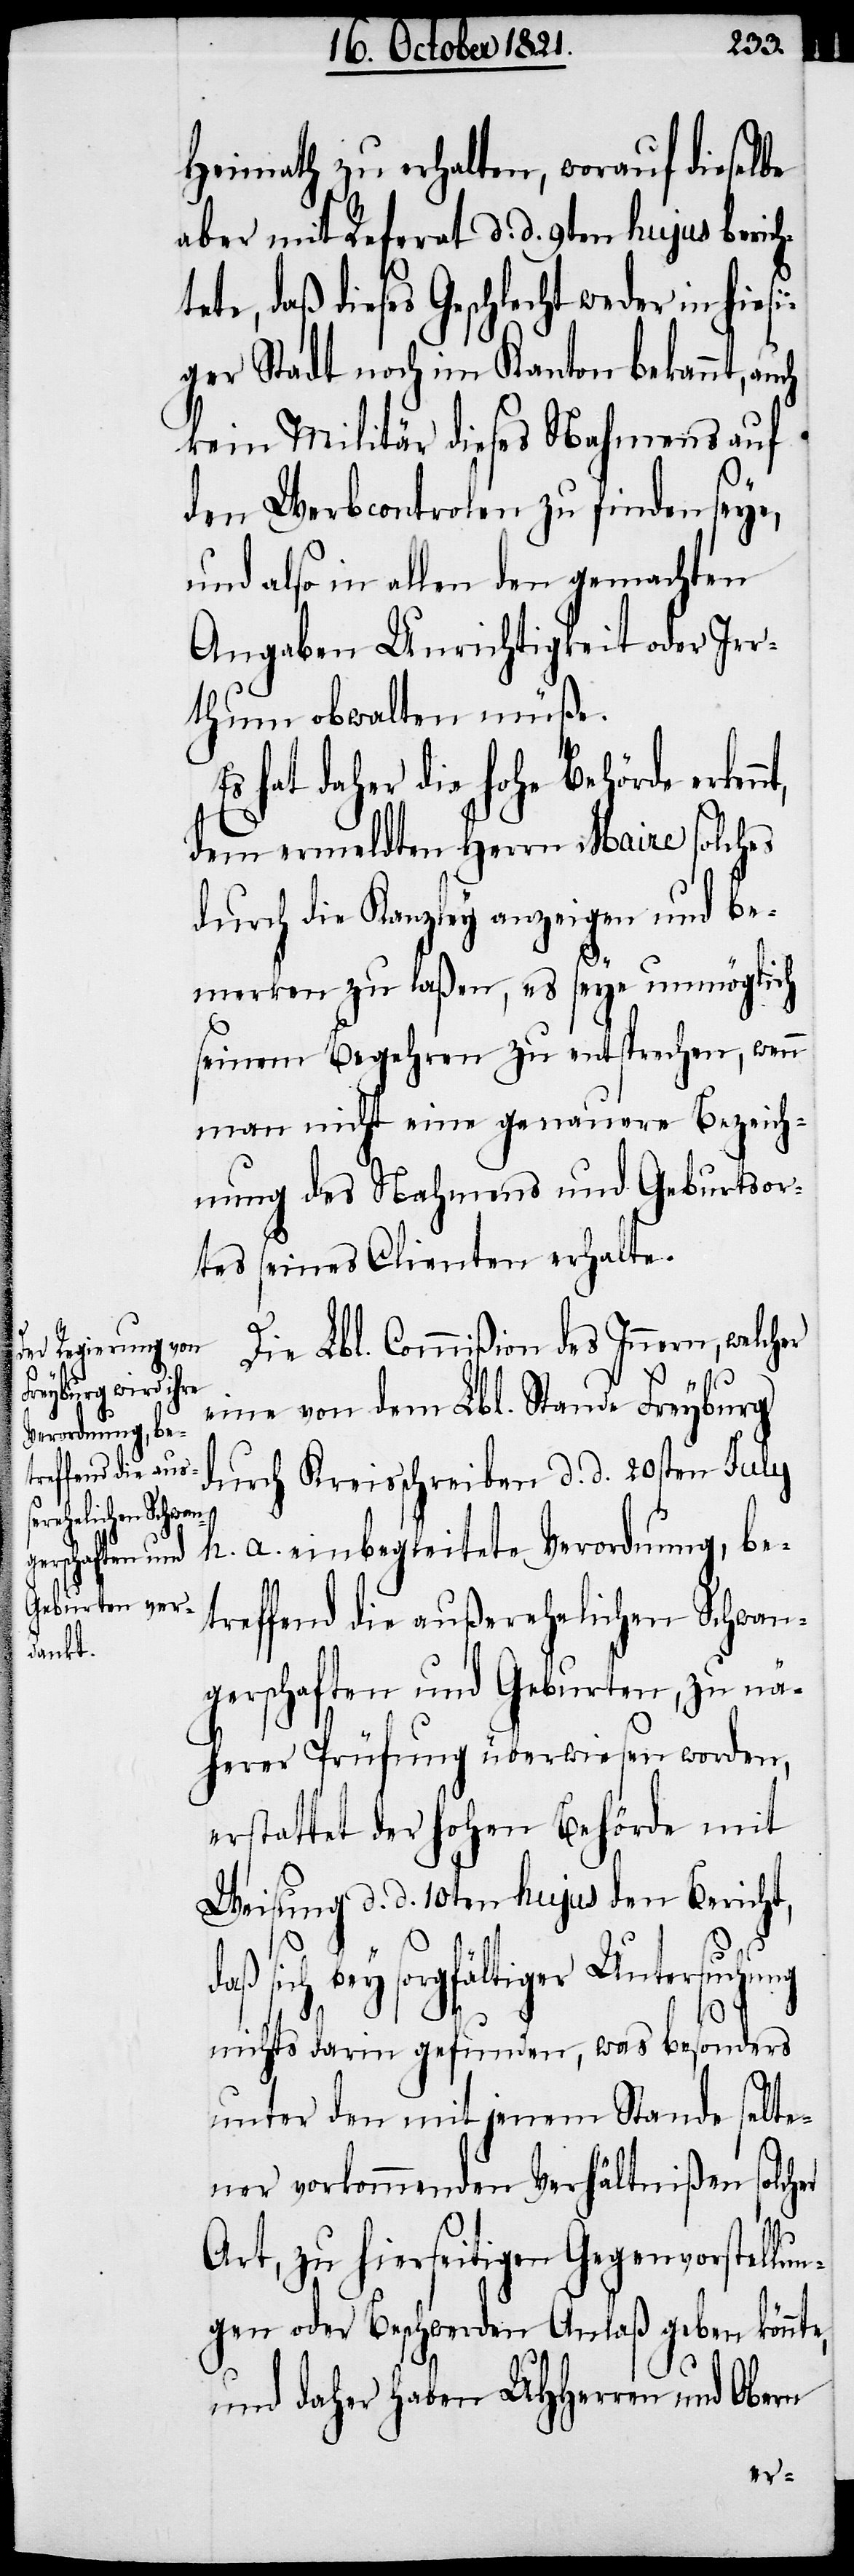
e,

Heimath zu erhalten, worauf dieselbe
aber mit Referat d. d. 9ten hujus berich¬
tete, daß dieses Geschlecht weder in hiesi¬
ger Stadt noch im Kanton bekannt, au¬
kein Militär dieses Nahmens auf
den Werbcontrolen zu finden seye,
und also in allen den gemachten
Angaben Unrichtigkeit oder Irr¬
thum obwalten müße.
hat daher die hohe Behörde
dem ermeldten Herrn Maire solches
durch die Kanzley anzeigen und be¬
merken zu laßen, es seye unmöglich
seinem Begehren zu entsprechen, wenn
man nicht eine genauere Bezeich¬
nung des Nahmens und Geburtsor¬
tes seines Clienten erhalte.
Die Lbl. Commißion des Innern, welcher
eine von dem Lbl. Stande Freyburg
durch Kreisschreiben d. d. 20sten July
h. a. einbegleitete Verordnung, be¬
treffend die außerehelichen Schwan¬
gerschaften und Geburten, zu nä¬
herer Prüfung überwiesen worden,
erstattete der hohen Behörde mit
Weisung d. d. 10ten hujus den Bericht,
daß sich bey sorgfältiger Untersuchung
nichts darin gefunden, was besonders
unter den mit jenem Stande selte¬
ner vorkommenden Verhältniße solcher
Art, zu hierseitigen Gegenvorstellun¬
gen oder Beschwerden Anlaß geben könnt¬
und daher haben UHHerren und Obern